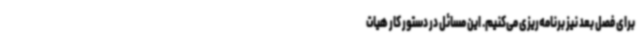
برای فصل بعد نیز برنامه‌ریزی می‌کنیم. این مسائل در دستور کار هیات